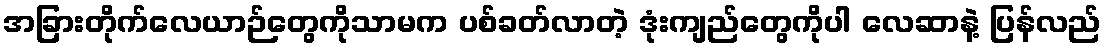
အခြားတိုက်လေယာဉ်တွေကိုသာမက ပစ်ခတ်လာတဲ့ ဒုံးကျည်တွေကိုပါ လေဆာနဲ့ ပြန်လည်